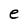
Character: e